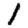
Digit: 1